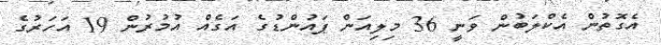
އެގޮތުން އެކްލަބުން ވަނީ 36 މިލިއަން ޕައުންޑުގެ އަގެއް އުމުރުން 19 އަހަރުގެ